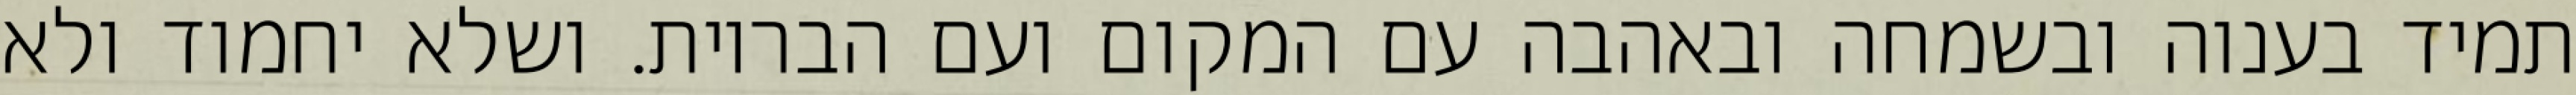
תמיד בענוה ובשמחה ובאהבה עם המקום ועם הבריות. ושלא יחמוד ולא